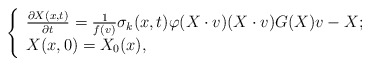
\begin{align*}\left\{\begin{array}{lr}\frac{\partial X(x,t)}{\partial t}=\frac{1}{f(v)}\sigma_{k}(x,t)\varphi(X\cdot v)(X\cdot v)G(X)v-X; \\X(x,0)=X_{0}(x),\end{array}\right.\end{align*}